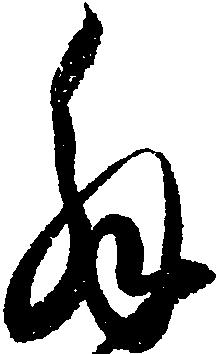
解